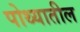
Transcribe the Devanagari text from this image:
पोथ्यातील